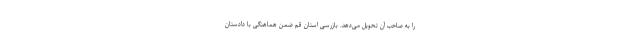
را به صاحب آن تحویل می‌دهد. بازرسی استان قم ضمن هماهنگی با دادستان